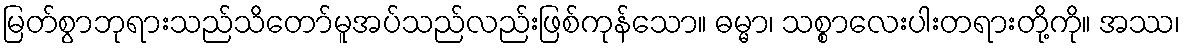
မြတ်စွာဘုရားသည်သိတော်မူအပ်သည်လည်းဖြစ်ကုန်သော။ ဓမ္မာ၊ သစ္စာလေးပါးတရားတို့ကို။ အဿ၊